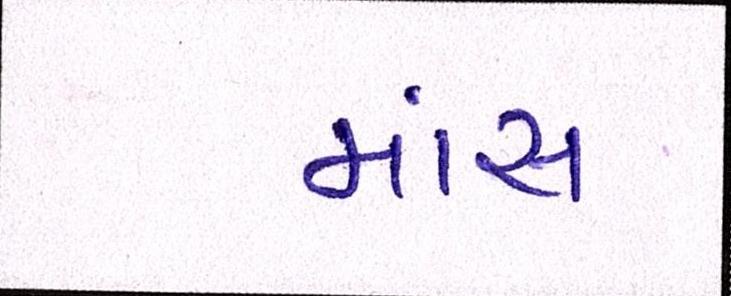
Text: માંસ